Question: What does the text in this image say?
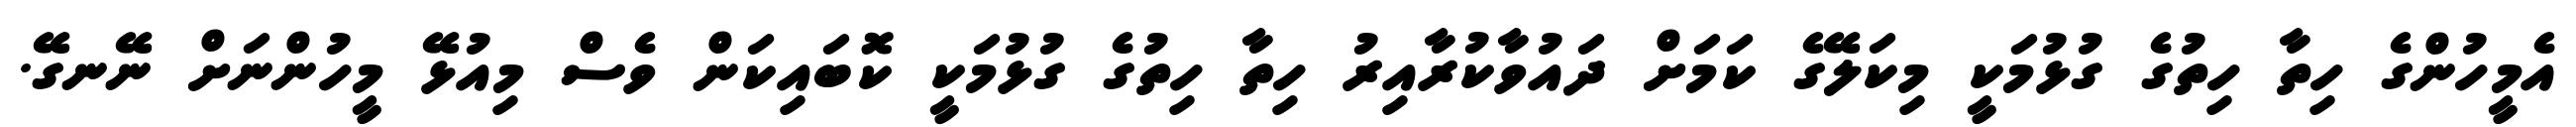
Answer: އެމީހުންގެ ހިތާ ހިތުގެ ގުޅުމަކީ މިކަލޭގެ ކަމަށް ދައުވާކުރާއިރު ހިތާ ހިތުގެ ގުޅުމަކީ ކޮބައިކަން ވެސް މިއުޅޭ މީހުންނަށް ނޭނގޭ.